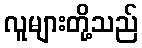
လူများတို့သည်